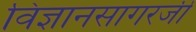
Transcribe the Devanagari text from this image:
विज्ञानसागरजी